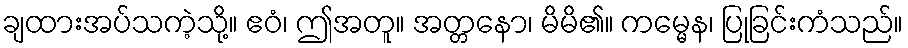
ချထားအပ်သကဲ့သို့။ ဧဝံ၊ ဤအတူ။ အတ္တနော၊ မိမိ၏။ ကမ္မေန၊ ပြုခြင်းကံသည်။